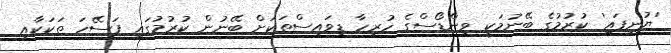
'ޔުނިފައި' ކުރުމުގެ ބޭނުމަކީ ވިންޑޯސްގެ ހުރިހާ ޑިވައިސްތަކަށް ބޭނުން ކުރުމުގައި ފަސޭހަ ތަކަކާއި